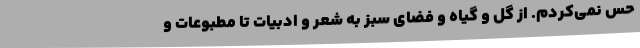
حس نمی‌کردم. از گل و گیاه و فضای سبز به شعر و ادبیات تا مطبوعات و